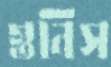
গুনিস